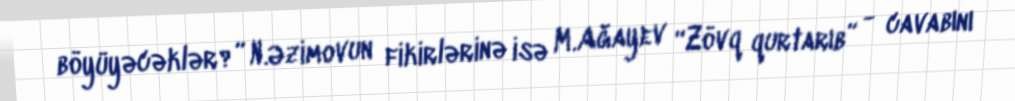
böyüyəcəklər?” N.Əzimovun fikirlərinə isə M.Ağayev “Zövq qurtarıb” - cavabını